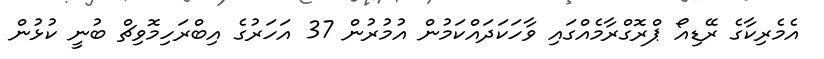
އެމެރިކާގެ ރޭޑިއޯ ޕްރޮގްރާމެއްގައި ވާހަކަދައްކަމުން އުމުރުން 37 އަހަރުގެ އިބްރަހިމޮވިޗް ބުނީ ކުޅުން